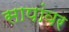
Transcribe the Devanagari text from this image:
सापांवर